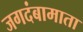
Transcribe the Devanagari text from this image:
जगदंबामाता